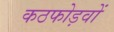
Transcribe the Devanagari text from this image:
कठफोड़वों